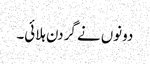
دونوں نے گردن ہلائی۔